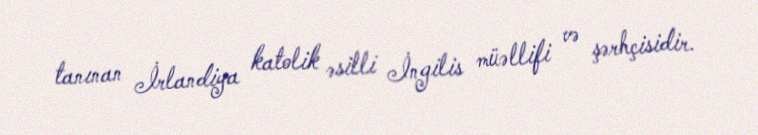
tanınan İrlandiya katolik əsilli İngilis müəllifi və şərhçisidir.